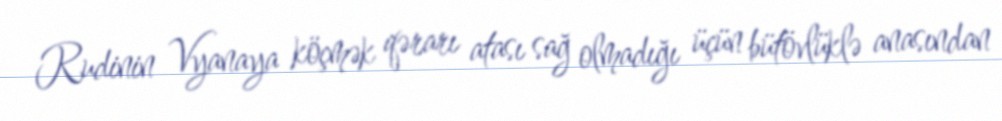
Rudinin Vyanaya köçmək qərarı atası sağ olmadığı üçün bütövlüklə anasından